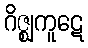
ဂိဇ္ဈကူဋေ